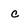
Character: c